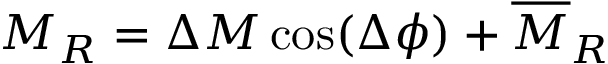
M _ { R } = \Delta M \cos ( \Delta \phi ) + \overline { { M } } _ { R }